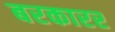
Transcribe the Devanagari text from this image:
बरकारर